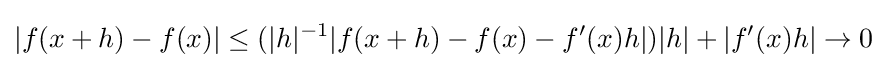
|f(x+h)-f(x)|\leq (|h|^{-1}|f(x+h)-f(x)-f'(x)h|)|h|+|f'(x)h|\to 0